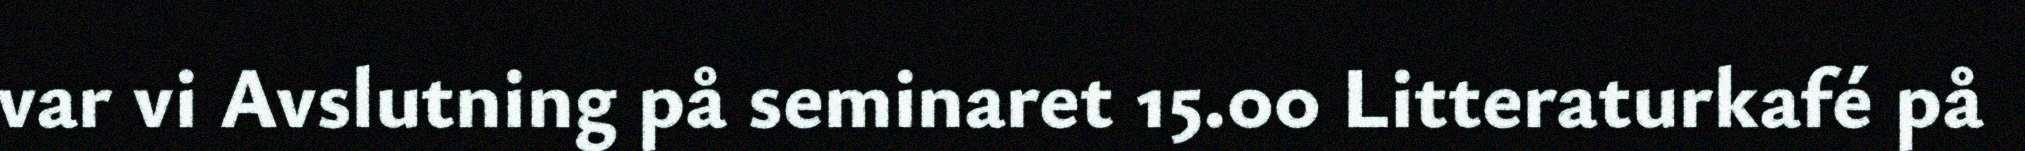
var vi Avslutning på seminaret 15.00 Litteraturkafé på